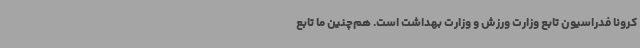
کرونا فدراسیون تابع وزارت ورزش و وزارت بهداشت است. هم‌چنین ما تابع